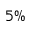
5 \%